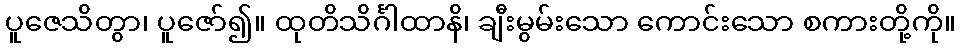
ပူဇေသိတွာ၊ ပူဇော်၍။ ထုတိသိင်္ဂါထာနိ၊ ချီးမွမ်းသော ကောင်းသော စကားတို့ကို။